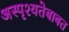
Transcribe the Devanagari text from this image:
अस्पृश्यतेबाबत